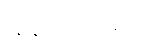
သရိတသာရိတံ